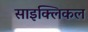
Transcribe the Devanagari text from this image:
साइक्लिकल